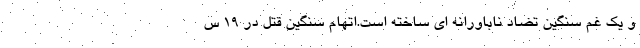
و یک غم سنگین تضاد ناباورانه ای ساخته است.اتهام سنگین قتل در 19 س